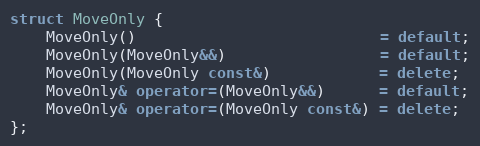
Language: C++
struct MoveOnly {
    MoveOnly()                           = default;
    MoveOnly(MoveOnly&&)                 = default;
    MoveOnly(MoveOnly const&)            = delete;
    MoveOnly& operator=(MoveOnly&&)      = default;
    MoveOnly& operator=(MoveOnly const&) = delete;
};